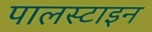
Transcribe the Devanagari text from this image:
पालस्टाइन